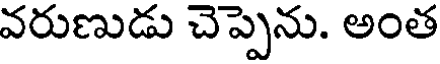
వరుణుడు చెప్పెను. అంత